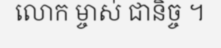
លោក ម្ចាស់ ជានិច្ច ។